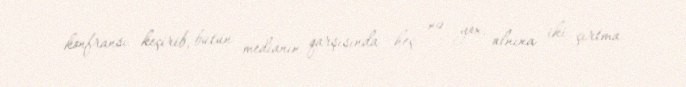
konfransı keçirib, bütün medianın qarşısında heç nə yox, alnına iki çırtma